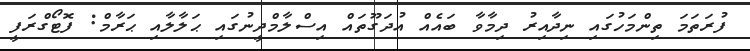
ފުރަތަމަ ތިންމަހުގައި ނިދާއިރު ދިމާވާ ބައެއް އުދަގޫތައް އިސްލާމްދީނުގައި ޙަލާލާއި ޙަރާމް: ފޮޓޯގްރަފީ